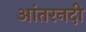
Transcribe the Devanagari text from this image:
आंतरनदी